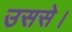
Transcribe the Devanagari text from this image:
उससे।